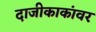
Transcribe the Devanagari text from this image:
दाजीकाकांवर